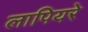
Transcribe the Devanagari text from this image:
लापियरे